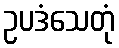
ဥပဒံသေတုံ